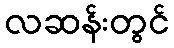
လဆန်းတွင်